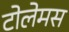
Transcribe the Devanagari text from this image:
टोलेमस